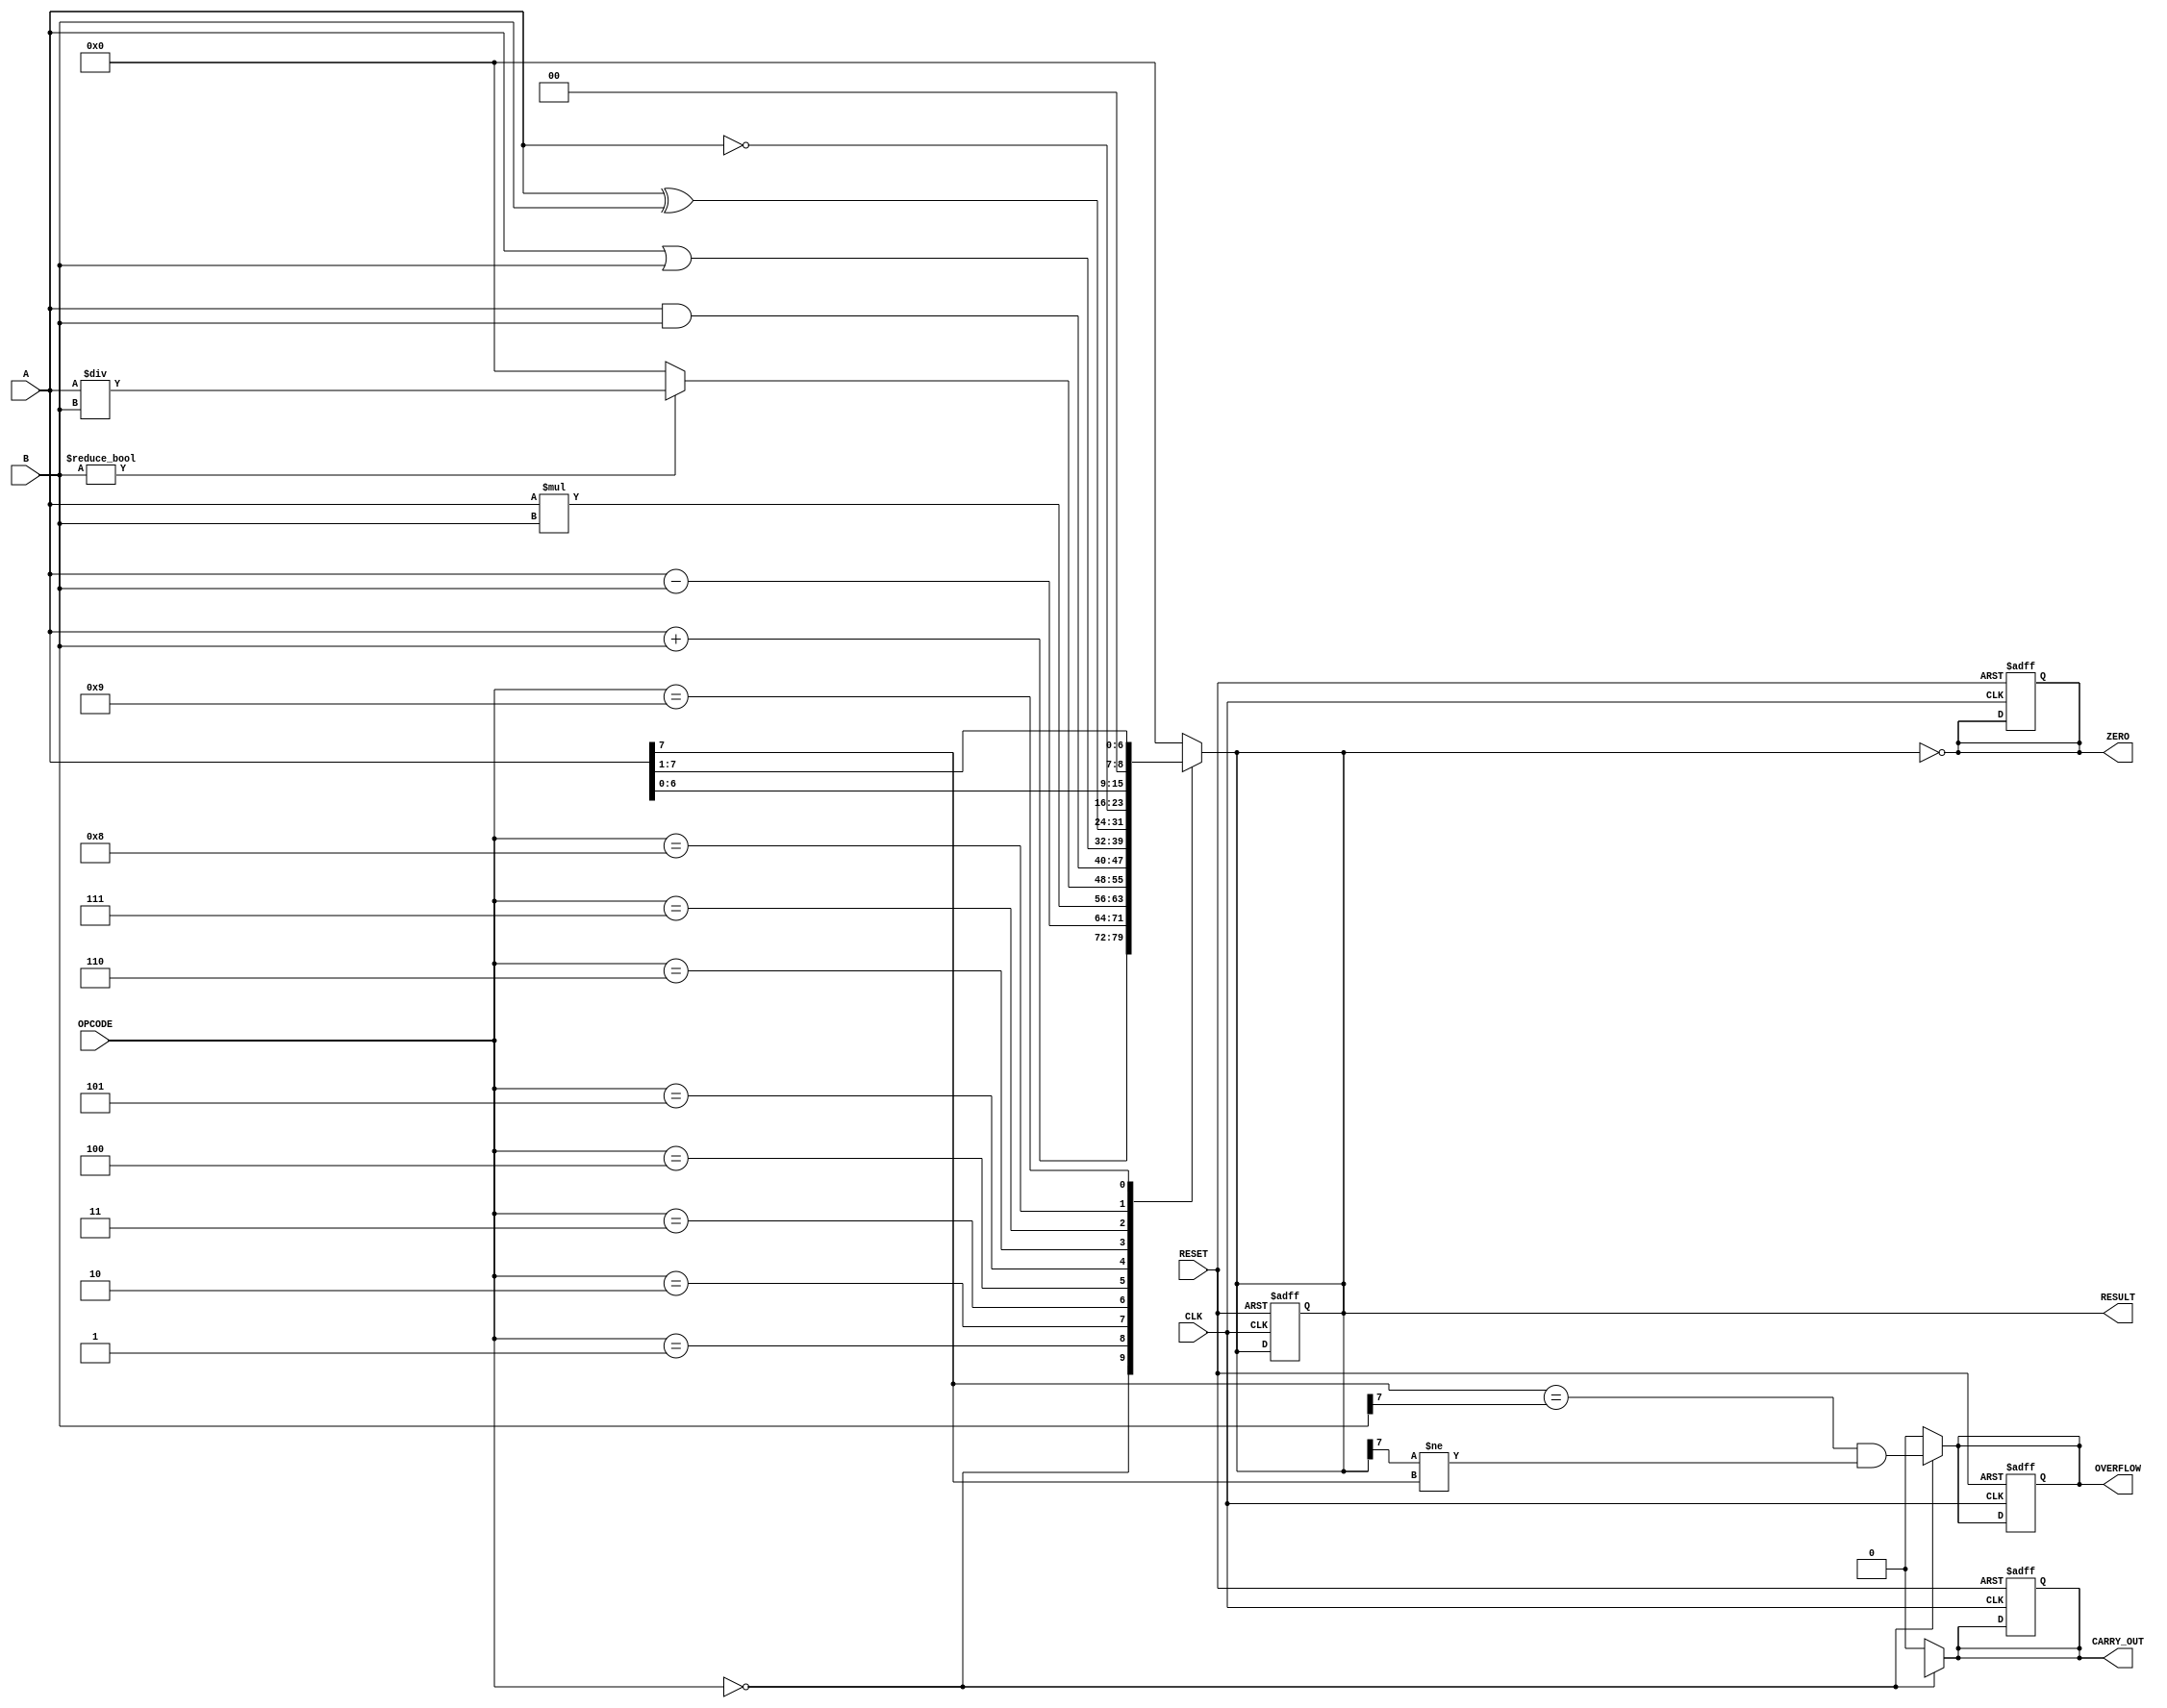
module Parameterized_ALU #(
    parameter DATA_WIDTH = 8
)(
    input  wire [DATA_WIDTH-1:0] A,         // First operand
    input  wire [DATA_WIDTH-1:0] B,         // Second operand
    input  wire [3:0] OPCODE,                // Operation code
    input  wire CLK,                         // Clock signal
    input  wire RESET,                       // Asynchronous reset
    output reg [DATA_WIDTH-1:0] RESULT,     // Result of the operation
    output reg ZERO,                        // Zero flag
    output reg OVERFLOW,                     // Overflow flag
    output reg CARRY_OUT                     // Carry out flag
);

    // Internal signals
    reg [DATA_WIDTH-1:0] add_result;
    reg [DATA_WIDTH-1:0] sub_result;
    reg [DATA_WIDTH-1:0] mul_result;
    reg [DATA_WIDTH-1:0] div_result;
    reg [DATA_WIDTH-1:0] and_result;
    reg [DATA_WIDTH-1:0] or_result;
    reg [DATA_WIDTH-1:0] xor_result;
    reg [DATA_WIDTH-1:0] not_result;
    reg [DATA_WIDTH-1:0] shift_left_result;
    reg [DATA_WIDTH-1:0] shift_right_result;

    // Combinational logic for operations
    always @(*) begin
        // Default values
        add_result = A + B;
        sub_result = A - B;
        mul_result = A * B;
        div_result = (B != 0) ? (A / B) : {DATA_WIDTH{1'b0}}; // Avoid division by zero
        and_result = A & B;
        or_result  = A | B;
        xor_result = A ^ B;
        not_result = ~A;
        shift_left_result = A << 1;
        shift_right_result = A >> 1;

        // Default RESULT
        RESULT = {DATA_WIDTH{1'b0}};
        ZERO = 1'b0;
        OVERFLOW = 1'b0;
        CARRY_OUT = 1'b0;

        // Select operation based on OPCODE
        case (OPCODE)
            4'b0000: RESULT = add_result;        // Addition
            4'b0001: RESULT = sub_result;        // Subtraction
            4'b0010: RESULT = mul_result;        // Multiplication
            4'b0011: RESULT = div_result;        // Division
            4'b0100: RESULT = and_result;        // AND
            4'b0101: RESULT = or_result;         // OR
            4'b0110: RESULT = xor_result;        // XOR
            4'b0111: RESULT = not_result;        // NOT
            4'b1000: RESULT = shift_left_result; // Shift Left
            4'b1001: RESULT = shift_right_result; // Shift Right
            default: RESULT = {DATA_WIDTH{1'b0}}; // Default case
        endcase

        // Flags logic
        ZERO = (RESULT == {DATA_WIDTH{1'b0}});
        CARRY_OUT = (OPCODE == 4'b0000) ? (add_result[DATA_WIDTH] != 1'b0) : 1'b0; // Only for addition
        OVERFLOW = (OPCODE == 4'b0000) ? (A[DATA_WIDTH-1] == B[DATA_WIDTH-1] && RESULT[DATA_WIDTH-1] != A[DATA_WIDTH-1]) : 1'b0; // Only for addition
    end

    // Synchronous logic for output updates
    always @(posedge CLK or posedge RESET) begin
        if (RESET) begin
            RESULT <= {DATA_WIDTH{1'b0}};
            ZERO <= 1'b0;
            OVERFLOW <= 1'b0;
            CARRY_OUT <= 1'b0;
        end else begin
            // Outputs are updated based on combinational logic
            // No need to reassign as they are updated in the always @(*)
        end
    end

endmodule